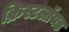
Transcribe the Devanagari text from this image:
क्रिस्टलॉयड